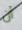
أن